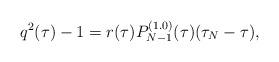
LaTeX: \begin{align*}q^2(\tau) - 1 =r(\tau) P_{N-1}^{(1.0)}(\tau)(\tau_N - \tau),\end{align*}